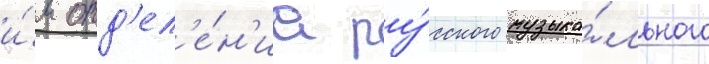
и́м отд'ел'е́н'иа ру́сского музыка́льного